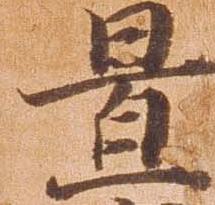
置